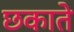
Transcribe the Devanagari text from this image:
छकाते